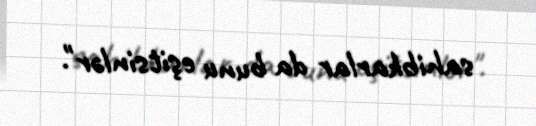
sahibkarlar da bunu eşitsinlər".